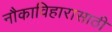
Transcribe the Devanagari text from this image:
नौकाविहारासाठी